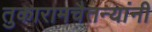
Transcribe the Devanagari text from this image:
तुकारामचैतन्यांनी